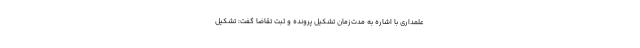
علمداری با اشاره به مدت‌زمان تشکیل پرونده و ثبت تقاضا گفت: تشکیل